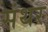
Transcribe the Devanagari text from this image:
संथर